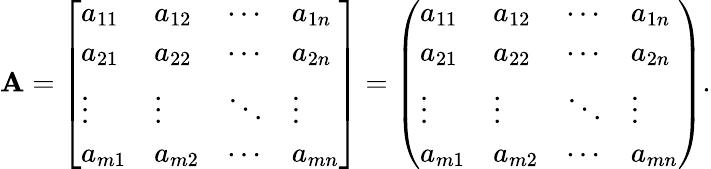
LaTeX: \mathbf{A}={\left[\begin{array}{llll}{a_{11}}&{a_{12}}&{\cdots}&{a_{1n}}\\ {a_{21}}&{a_{22}}&{\cdots}&{a_{2n}}\\ {\vdots}&{\vdots}&{\ddots}&{\vdots}\\ {a_{m1}}&{a_{m2}}&{\cdots}&{a_{mn}}\end{array}\right]}={\left(\begin{array}{llll}{a_{11}}&{a_{12}}&{\cdots}&{a_{1n}}\\ {a_{21}}&{a_{22}}&{\cdots}&{a_{2n}}\\ {\vdots}&{\vdots}&{\ddots}&{\vdots}\\ {a_{m1}}&{a_{m2}}&{\cdots}&{a_{mn}}\end{array}\right)}.